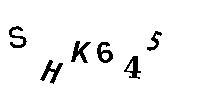
SHK645